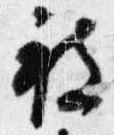
被